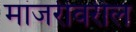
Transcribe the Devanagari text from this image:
मांजरीवरील